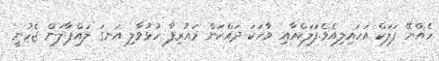
ހެއްޔޭ ފަލަކް އަހައިލިއެވެ.ފަަލަކްއާއި ވާހަކަ ދައްކަން މައުރިފާ ހުޅުވާލި އަނގަ ލައްޕާލަން ޖެހުނީ